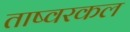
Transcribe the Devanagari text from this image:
ताष्वरकल